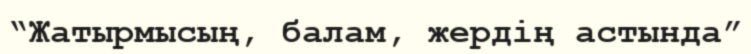
“Жатырмысың, балам, жердің астында”